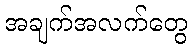
အချက်အလက်တွေ